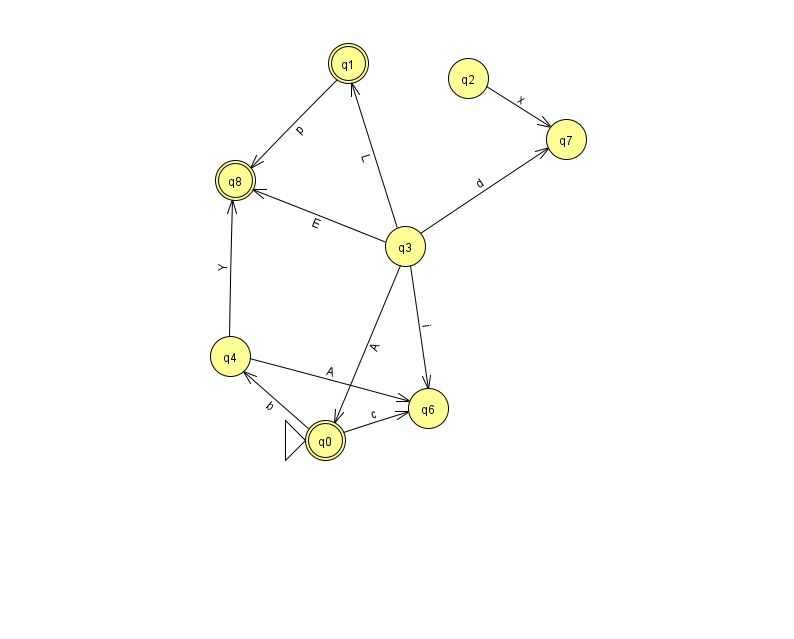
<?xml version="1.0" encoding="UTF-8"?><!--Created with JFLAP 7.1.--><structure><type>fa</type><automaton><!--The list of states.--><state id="0" name="q0"><x>325.0</x><y>427.0</y><initial/><final/></state><state id="1" name="q1"><x>348.0</x><y>50.0</y><final/></state><state id="2" name="q2"><x>468.0</x><y>65.0</y></state><state id="3" name="q3"><x>405.0</x><y>233.0</y></state><state id="4" name="q4"><x>230.0</x><y>343.0</y></state><state id="6" name="q6"><x>428.0</x><y>395.0</y></state><state id="7" name="q7"><x>566.0</x><y>126.0</y></state><state id="8" name="q8"><x>235.0</x><y>167.0</y><final/></state><!--The list of transitions.--><transition><from>3</from><to>0</to><read>A</read></transition><transition><from>3</from><to>7</to><read>d</read></transition><transition><from>2</from><to>7</to><read>x</read></transition><transition><from>3</from><to>1</to><read>L</read></transition><transition><from>0</from><to>6</to><read>c</read></transition><transition><from>3</from><to>8</to><read>E</read></transition><transition><from>4</from><to>8</to><read>Y</read></transition><transition><from>1</from><to>8</to><read>p</read></transition><transition><from>4</from><to>6</to><read>A</read></transition><transition><from>0</from><to>4</to><read>b</read></transition><transition><from>3</from><to>6</to><read>i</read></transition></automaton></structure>